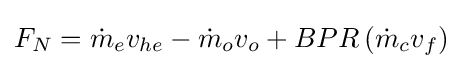
F_{N}={\dot {m}}_{e}v_{he}-{\dot {m}}_{o}v_{o}+BPR\,({\dot {m}}_{c}v_{f})